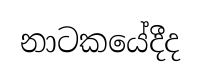
නාටකයේදීද